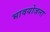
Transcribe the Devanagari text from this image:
भावयोजना